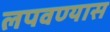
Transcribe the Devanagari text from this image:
लपवण्यास